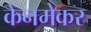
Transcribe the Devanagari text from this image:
केनमेकर